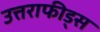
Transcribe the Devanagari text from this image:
उत्तराफीड्स